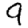
Digit: 9